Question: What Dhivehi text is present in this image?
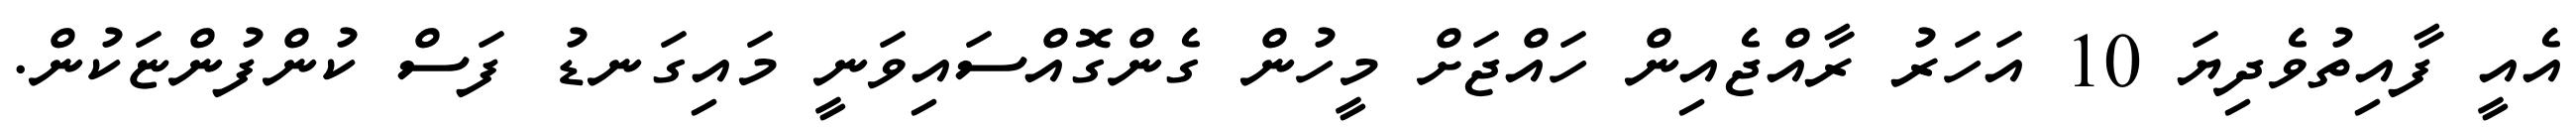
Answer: އެއީ ފާއިތުވެދިޔަ 10 އަހަރު ރާއްޖެއިން ހައްޖަށް މީހުން ގެންގޮއްސައިވަނީ މައިގަނޑު ފަސް ކުންފުންޏަކުން.